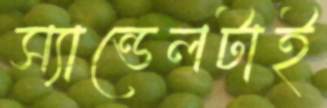
স্যান্ডেলটাই